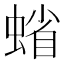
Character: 𧍖